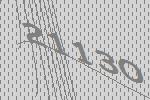
21130